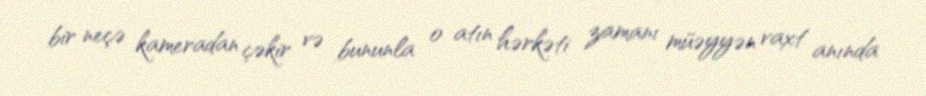
bir neçə kameradan çəkir və bununla o atın hərkəti zamanı müəyyən vaxt anında